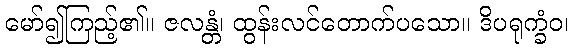
မော်၍ကြည့်၏။ ဇလန္တံ၊ ထွန်းလင်တောက်ပသော။ ဒိပရုက္ခံဝ၊